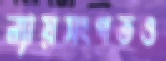
ন্যায়সংগতও